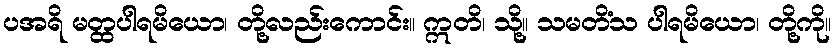
ပအရိ မတ္ထပါရမိယော၊ တို့လည်းကောင်း။ ဣတိ၊ သို့။ သမတိံသ ပါရမိယော၊ တို့ကို။